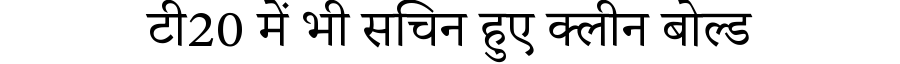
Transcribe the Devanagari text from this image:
टी20 में भी सचिन हुए क्लीन बोल्ड